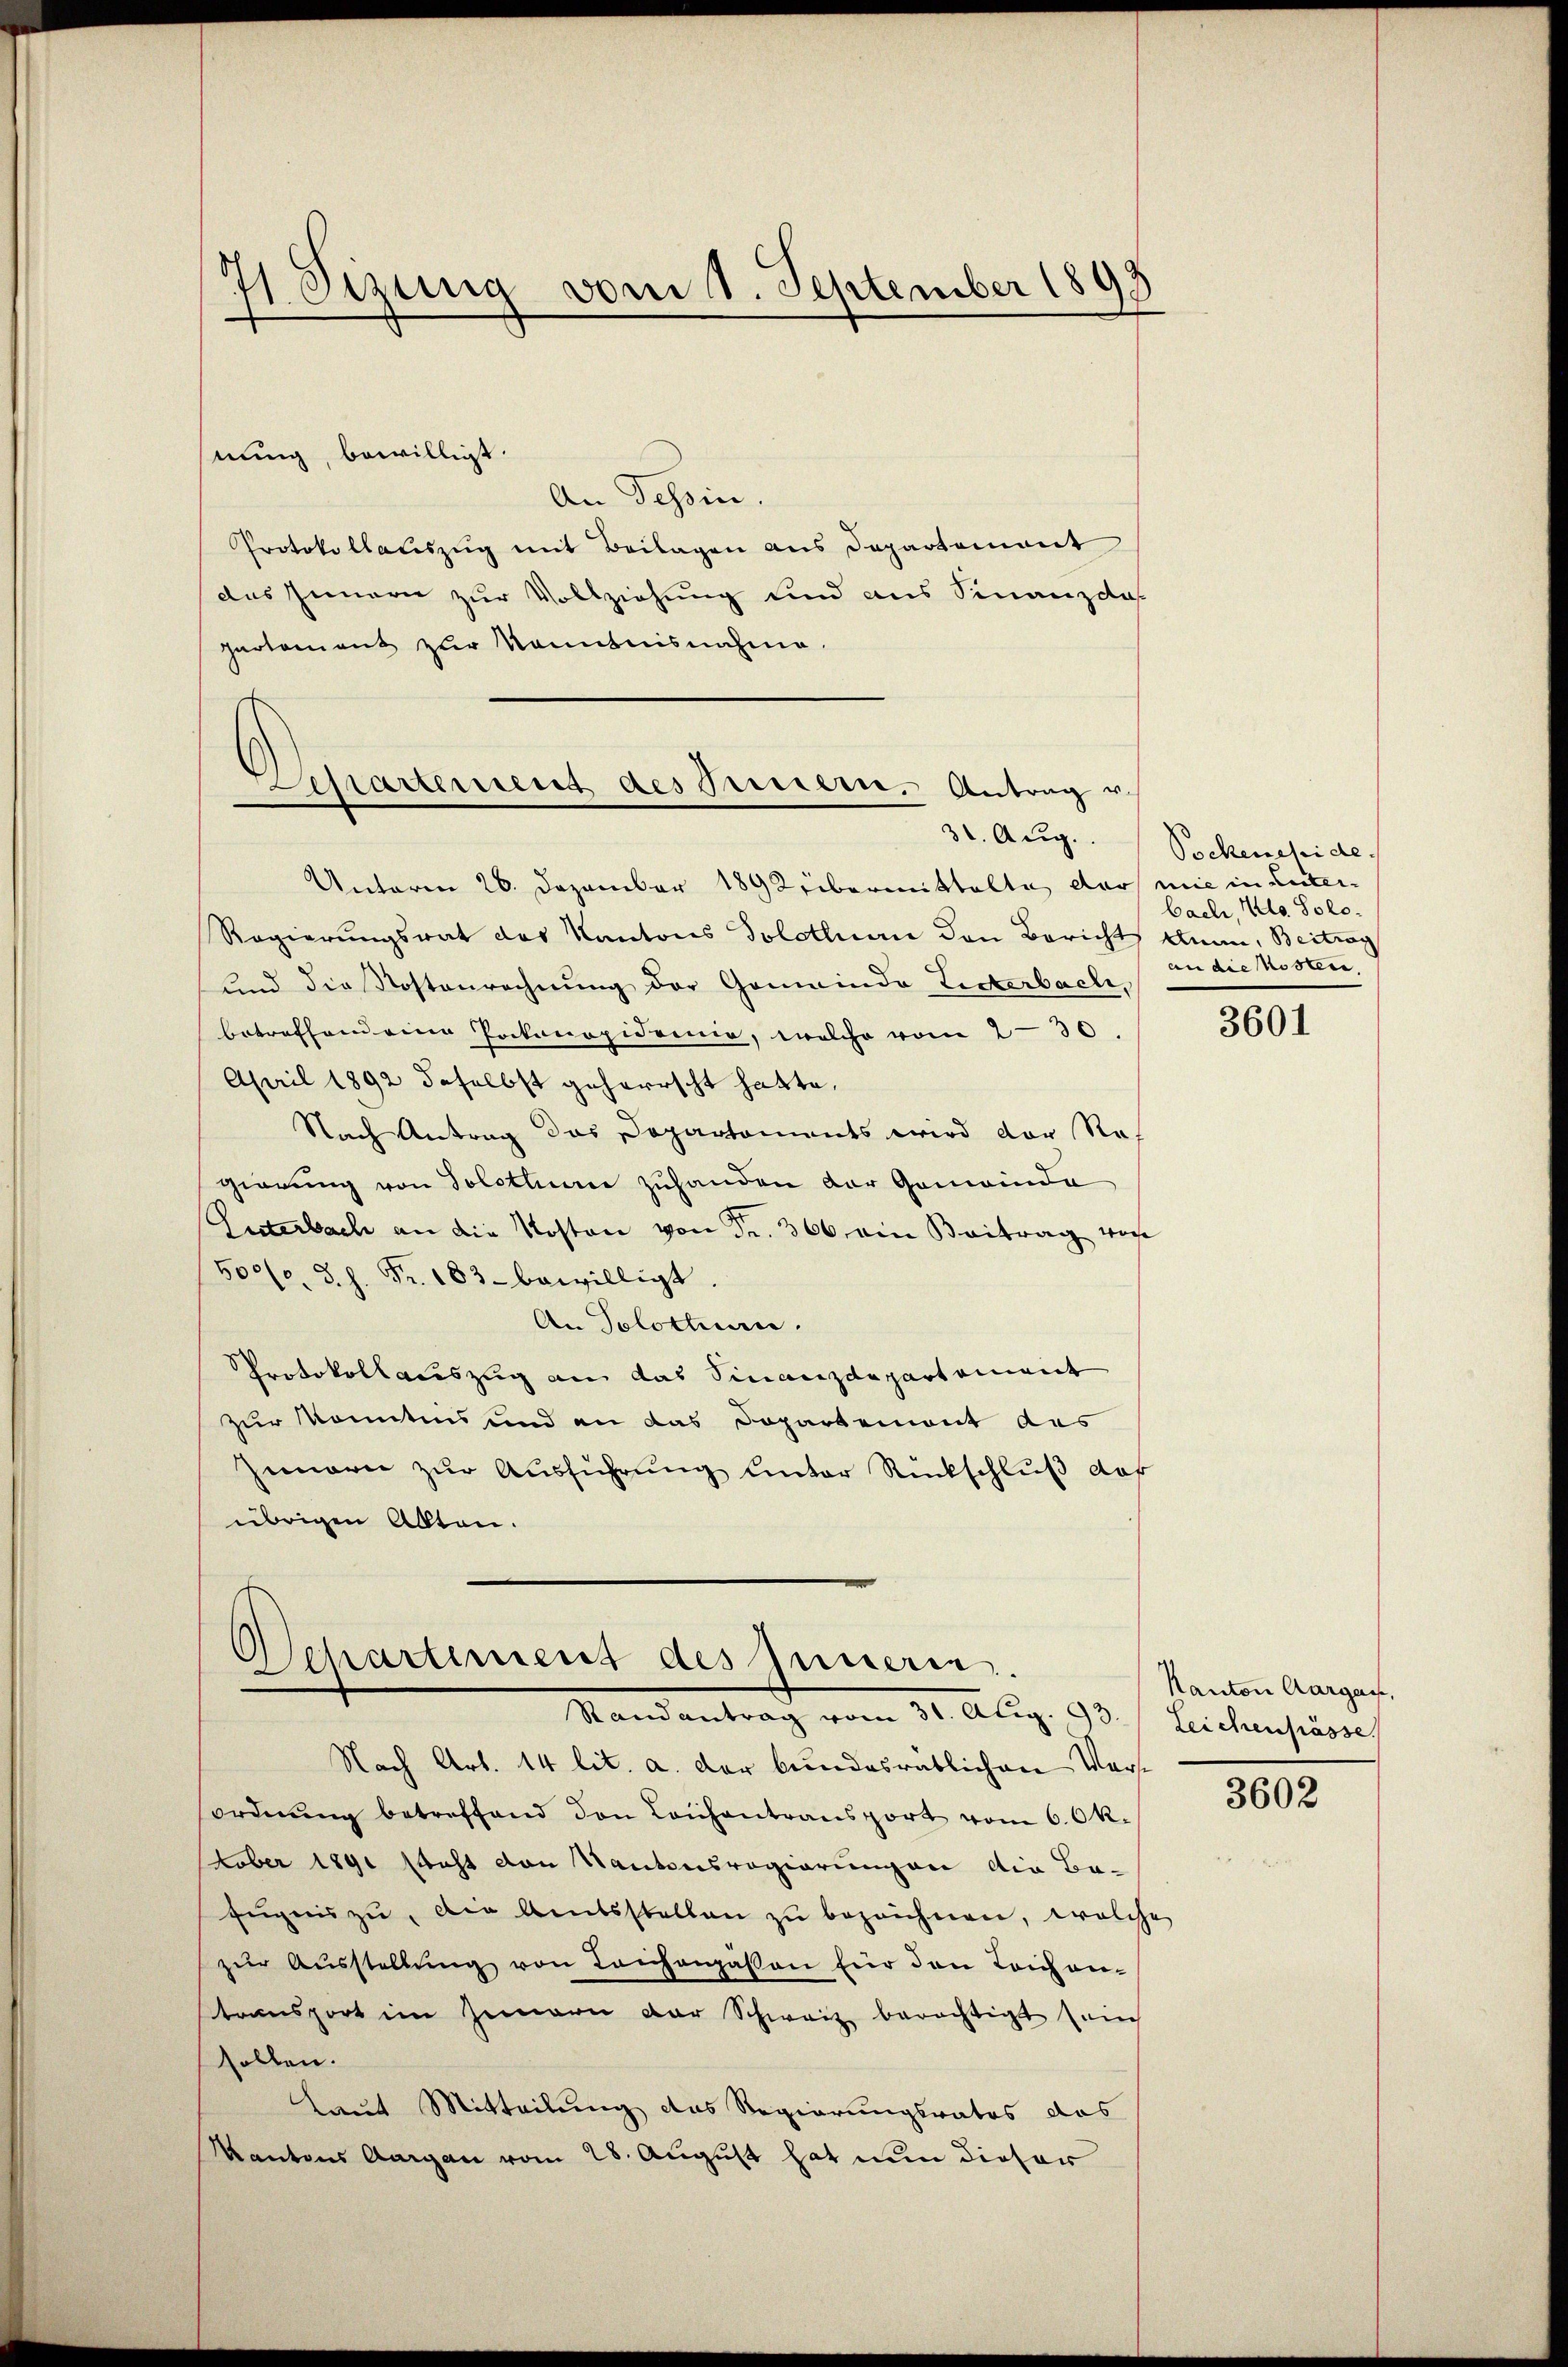
h
 Otzung vom 1. September 1893

hnung, bewilligt.
An Tessin.
Protokollauszug mit Beilagen aus Departement
das Innern zur Vollziehung und aus Finanzdas
hartement zur Kenntnisnahme.

Desartement des Seitern. Antrag u.
31. Aug.

Unterm 26. Dezember 189 übermittelte der mie in Enter¬
Regierungsrat das Kantons Solothur den Bericht Anau, Beitrag
und die Kostenrechnung der Gemeinde Listerbach,
betreffend eine Pockenapidemie, welche vom 236
April 1892 daselbst geherrscht hatte.
Nach Antrag das Departements wird der Rah
gierung von Solothum zuhanden der Gemeinda
Literbach an die Kosten von Fr. 306 ein Beitrag von
500. d. h. Fr. 183. bewilligt.
An Solothurn.
Protokollauszug an das Finanzdepartement
zur konntens und an das Dopartement des
Zimern zur Ausführung unter Rückschluß daf
übrigen Akten.

Departement des Inneren.
Standentrag vom 31. Aug. 93. Leichensere

Pockeneside
bach, Klo. Soloan die Kosten.

Nach Art. 14 lit. a. der bundesratlichen Verordnŭng betreffend den Lausantransport vom 6. Ok-
tober 1891 steht von Kantonsregierungen die Ba¬
Eŭgnis zŭ, die Amtsstellen zŭ bezeichnen, welche
zŭr Aŭsstellŭng von Leichenpassen für den Leichen-
transport im Zimmern der Schweiz berechtigt sein
sollen.
Laut Mitteilung des Regierungsrates das
Kantons Aargau vom 28. August hat nun dieser

3601

Kanton Aargau,

3602